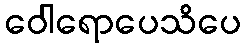
ဝေါရောပေသိပေ